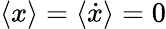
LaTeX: \langle x\rangle=\langle\dot{x}\rangle=0